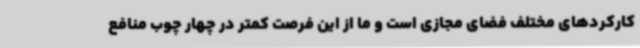
کارکردهای مختلف فضای مجازی است و ما از این فرصت کمتر در چهار چوب منافع